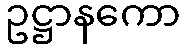
ဥဋ္ဌာနကော